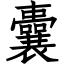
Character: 囊